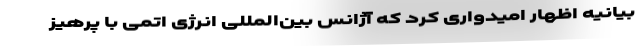
بیانیه اظهار امیدواری کرد که آژانس بین‌المللی انرژی اتمی با پرهیز